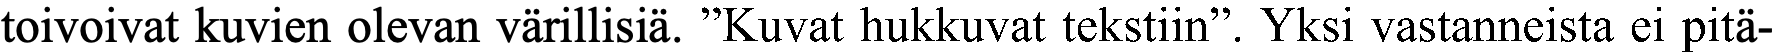
toivoivat kuvien olevan värillisiä. ”Kuvat hukkuvat tekstiin”. Yksi vastanneista ei pitä-